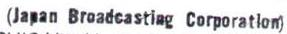
(Japan Broadcastiag Corporatlon)